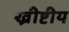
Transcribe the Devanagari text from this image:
ख्रीष्टीय